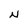
Character: N